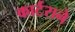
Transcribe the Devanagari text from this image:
कार्टराने